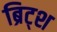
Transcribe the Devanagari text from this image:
ब्रिट्श